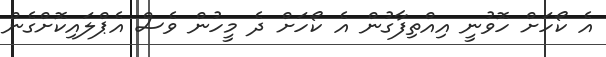
އެ ކޯހަށް ހޮވުނީ އިއްތިފާގުން އެ ކޯހަށް ދެ މީހުން ވެސް އެޕްލައިކޮށްގެން